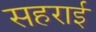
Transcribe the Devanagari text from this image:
सहराई